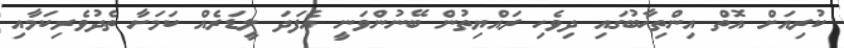
ކުރިއަށް އޮތް އިންތިޚާބުގައި ދިވެހި ރައްޔިތުން ބޭނުންވަނީ އެފަދަ ލީޑަރެއް ކަމަށާ ތެދުވެރިކަމާއި